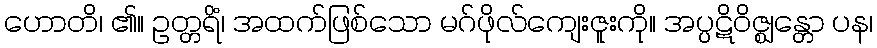
ဟောတိ၊ ၏။ ဥတ္တရိံ၊ အထက်ဖြစ်သော မဂ်ဖိုလ်ကျေးဇူးကို။ အပ္ပဋိဝိဇ္ဈန္တော ပန၊